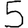
Digit: 5